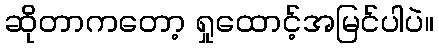
ဆိုတာကတော့ ရှုထောင့်အမြင်ပါပဲ။